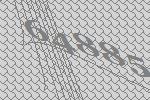
64885